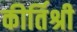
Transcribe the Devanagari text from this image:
कीर्तिश्री